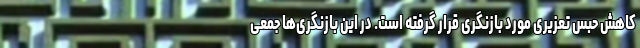
کاهش حبس تعزیری مورد بازنگری قرار گرفته است. در این بازنگری‌ها جمعی